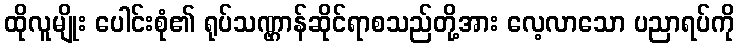
ထိုလူမျိုး ပေါင်းစုံ၏ ရုပ်သဏ္ဌာန်ဆိုင်ရာစသည်တို့အား လေ့လာသော ပညာရပ်ကို